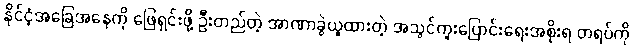
နိုင်ငံ့အခြေအနေကို ဖြေရှင်းဖို့ ဦးတည်တဲ့ အာဏာခွဲယူထားတဲ့ အသွင်ကူးပြောင်းရေးအစိုးရ တရပ်ကို